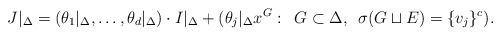
\begin{align*}J|_\Delta = (\theta_1|_\Delta,\ldots,\theta_{d}|_\Delta) \cdot I|_\Delta + (\theta_{j}|_{\Delta} x^G: \enskip G \subset \Delta, \enskip \sigma(G \sqcup E) = \{v_j\}^c). \end{align*}